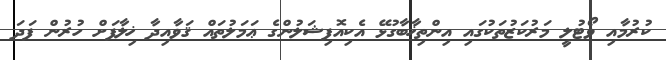
ކުރުމާއި ވޯޓުލީ މަރުކަޒުތަކުގައި އިންތިޚާބާގުޅޭ އެކިއޮފިޝަލުންގެ ޢަމަލުތައް ޤަވާއިދާ ޚިލާފަށް ހުރުން ފަދަ